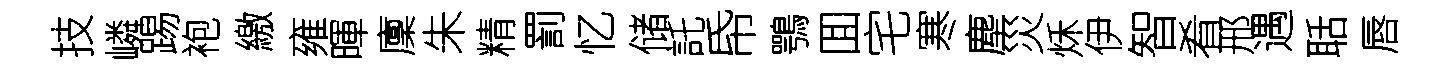
技嶙踢袍繳雍暉廩朱精罰忆储託帋鶚囬宅寒塵災秌伊智肴邢遇聒唇